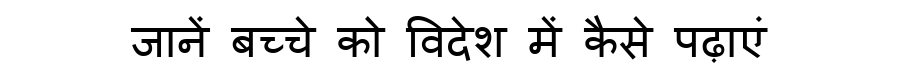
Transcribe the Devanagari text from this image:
जानें बच्चे को विदेश में कैसे पढ़ाएं